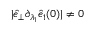
\vert \hat { e } _ { \perp } \partial _ { \lambda _ { 1 } } \hat { e } _ { 1 } ( 0 ) \vert \neq 0